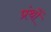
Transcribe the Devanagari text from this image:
प्रंथों